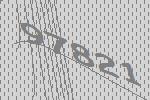
97821